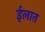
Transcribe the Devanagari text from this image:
ईलात